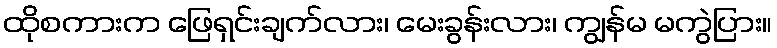
ထိုစကားက ဖြေရှင်းချက်လား၊ မေးခွန်းလား၊ ကျွန်မ မကွဲပြား။